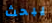
يبحث